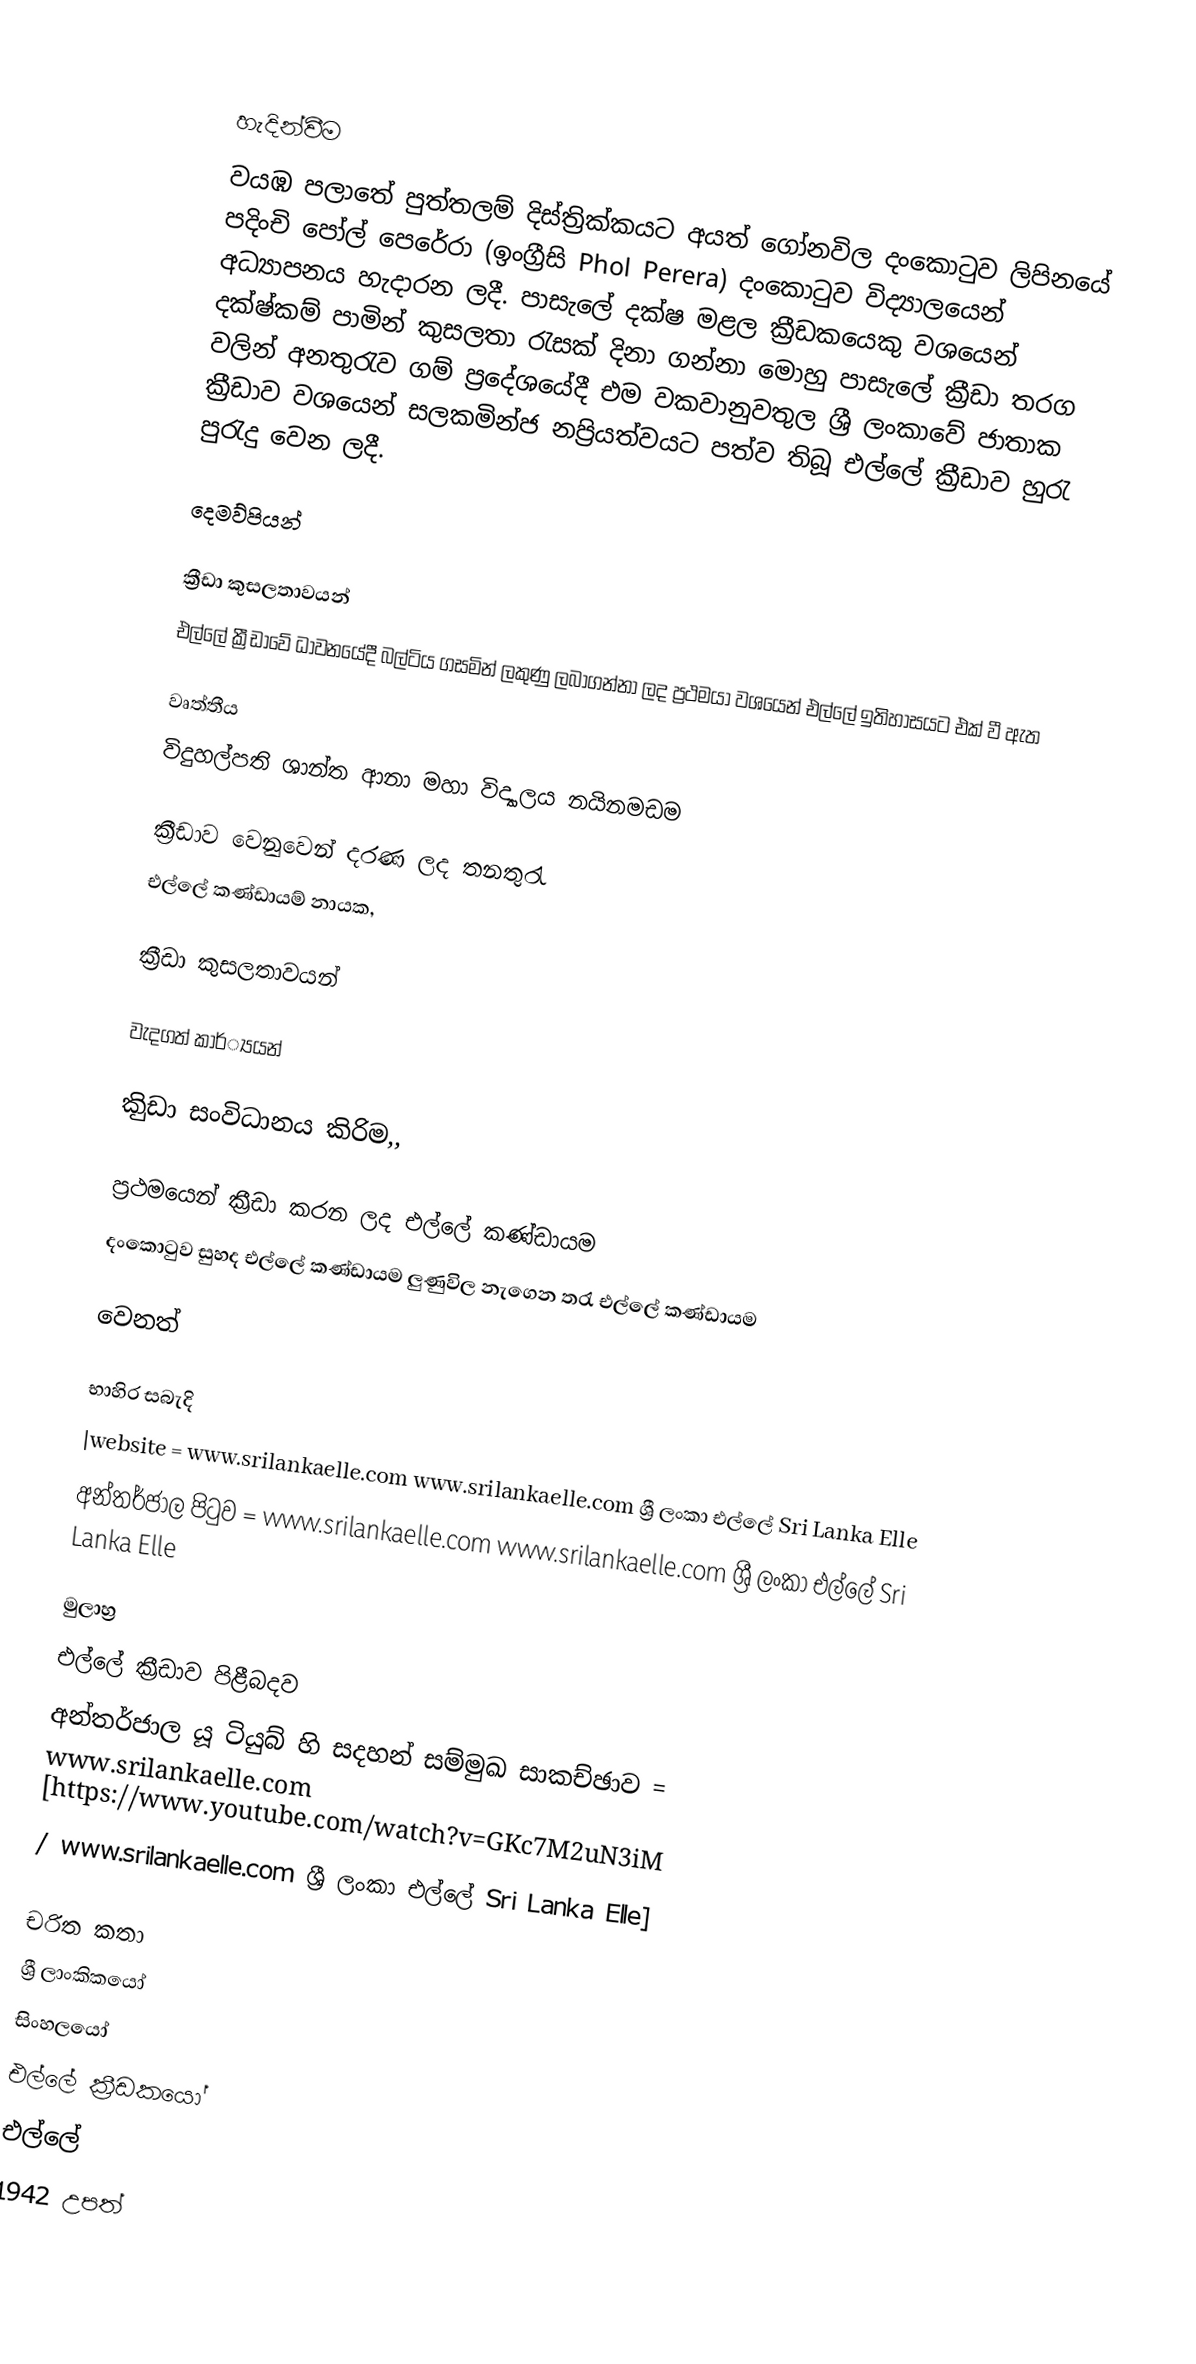

හැදින්වීම
වයඹ පලාතේ පුත්තලම් දිස්ත්‍රික්කයට අයත් ගෝනවිල දංකොටුව ලිපිනයේ පදිංචි පෝල් පෙරේරා (ඉංග්‍රීසි Phol Perera) දංකොටුව විද්‍යාලයෙන් අධ්‍යාපනය හැදාරන ලදී. පාසැලේ දක්ෂ මළල ක්‍රීඩකයෙකු වශයෙන් දක්ෂ්කම් පාමින් කුසලතා රැසක් දිනා ගන්නා මොහු පාසැලේ ක්‍රීඩා තරග වලින් අනතුරැව ගම් ප්‍රදේශයේදී එම වකවානුවතුල ශ්‍රී ලංකාවේ ජාතාක ක්‍රීඩාව වශයෙන් සලකමින්ජ නප්‍රියත්වයට පත්ව තිබූ එල්ලේ ක්‍රීඩාව හුරැ පුරැදු වෙන ලදී.

දෙමව්පියන්

ක්‍රීඩා කුසලතාවයන්
එල්ලේ ක්‍රීඩාවේ ධාවනයේදී බල්ටිය ගසමින් ලකුණු ලබාගන්නා ලද ප්‍රථමයා වශයෙන් එල්ලේ ඉතිහාසයට එක් වී ඇත

වෘත්තීය
විදුහල්පති ශාන්ත ආනා මහා විද්‍යාලය නයිනමඩම

ක්‍රීඩාව වෙනුවෙන් දරණ ලද තනතුරැ
එල්ලේ කණ්ඩායම් නායක,

ක්‍රීඩා කුසලතාවයන්

වැදගත් කාර්්‍යයන්

කිුඩා සංවිධානය කිරිම,,

ප්‍රථමයෙන් ක්‍රීඩා කරන ලද එල්ලේ කණ්ඩායම
දංකොටුව සුහද එල්ලේ කණ්ඩායම ලුණුවිල නැගෙන තරැ එල්ලේ කණ්ඩායම

වෙනත්

භාහිර සබැදි
|website       = www.srilankaelle.com www.srilankaelle.com ශ්‍රී ලංකා එල්ලේ Sri Lanka Elle
අන්තර්ජාල පිටුව   = www.srilankaelle.com www.srilankaelle.com ශ්‍රී ලංකා එල්ලේ Sri Lanka Elle

මුලාහ්‍ර
 එල්ලේ ක්‍රීඩාව පිළීබදව
අන්තර්ජාල යූ ටියුබ් හි සදහන් සම්මුඛ සාකච්ඡාව   = www.srilankaelle.com [https://www.youtube.com/watch?v=GKc7M2uN3iM
/ www.srilankaelle.com ශ්‍රී ලංකා එල්ලේ Sri Lanka Elle]

චරිත කතා
ශ්‍රී ලාංකිකයෝ
සිංහලයෝ
එල්ලේ ක්‍රීඩකයෝ
එල්ලේ
1942 උපත්